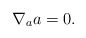
\begin{gather*} \nabla _a a = 0 . \end{gather*}